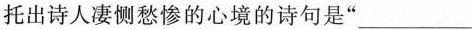
托出诗人凄恻愁惨的心境的诗句是”___